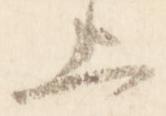
上